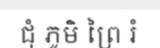
ជុំ ភូមិ ព្រៃ រំ